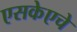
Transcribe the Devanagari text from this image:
एसकेएचे